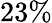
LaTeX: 23\%